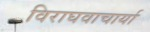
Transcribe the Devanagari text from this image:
विराघवाचार्या